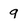
Character: 9